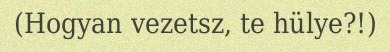
(Hogyan vezetsz, te hülye?!)